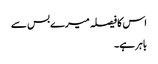
اس کا فیصلہ میرے بس سے
باہر ہے۔